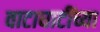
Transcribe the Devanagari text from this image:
वाटाघाटींच्या